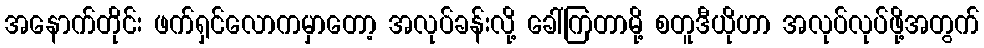
အနောက်တိုင်း ဖက်ရှင်လောကမှာတော့ အလုပ်ခန်းလို့ ခေါ်ကြတာမို့ စတူဒီယိုဟာ အလုပ်လုပ်ဖို့အတွက်